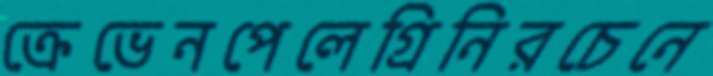
ক্রেভেনপেলেগ্রিনিরচেনে